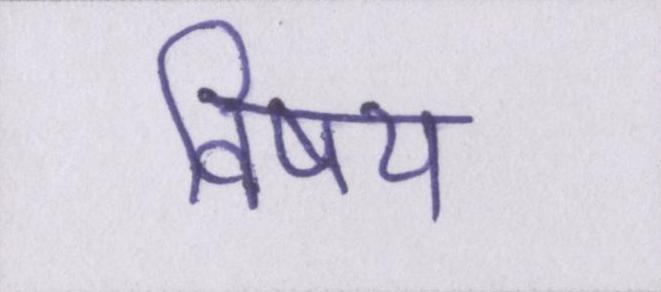
विषय